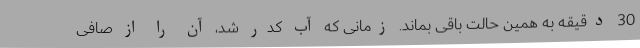
30 دقیقه به همین حالت باقی بماند. زمانی که آب کدر شد، آن را از صافی